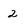
Character: 2